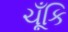
ચૂઁકિ